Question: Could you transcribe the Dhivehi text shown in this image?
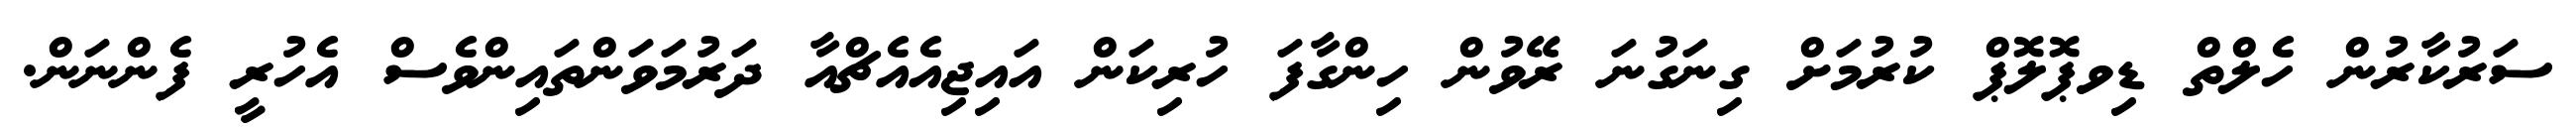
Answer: ސަރުކާރުން ހެލްތް ޑިވޕޮލޮޕް ކުރުމަށް ގިނަގުނަ ރޭވުން ހިންގާފަ ހުރިކަން އައިޖިއެއެޗްއާ ދަރުމަވަންތައިންވެސް އެހުރީ ފެންނަން.